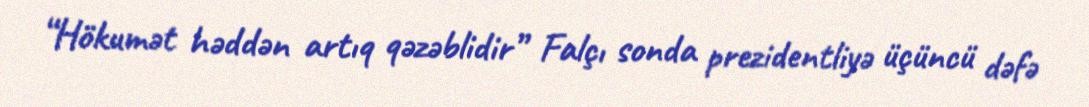
“Hökumət həddən artıq qəzəblidir” Falçı sonda prezidentliyə üçüncü dəfə